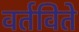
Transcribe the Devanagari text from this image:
वर्तविते